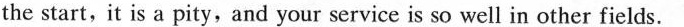
the start,it is a pity,and your service is so well in other fields.